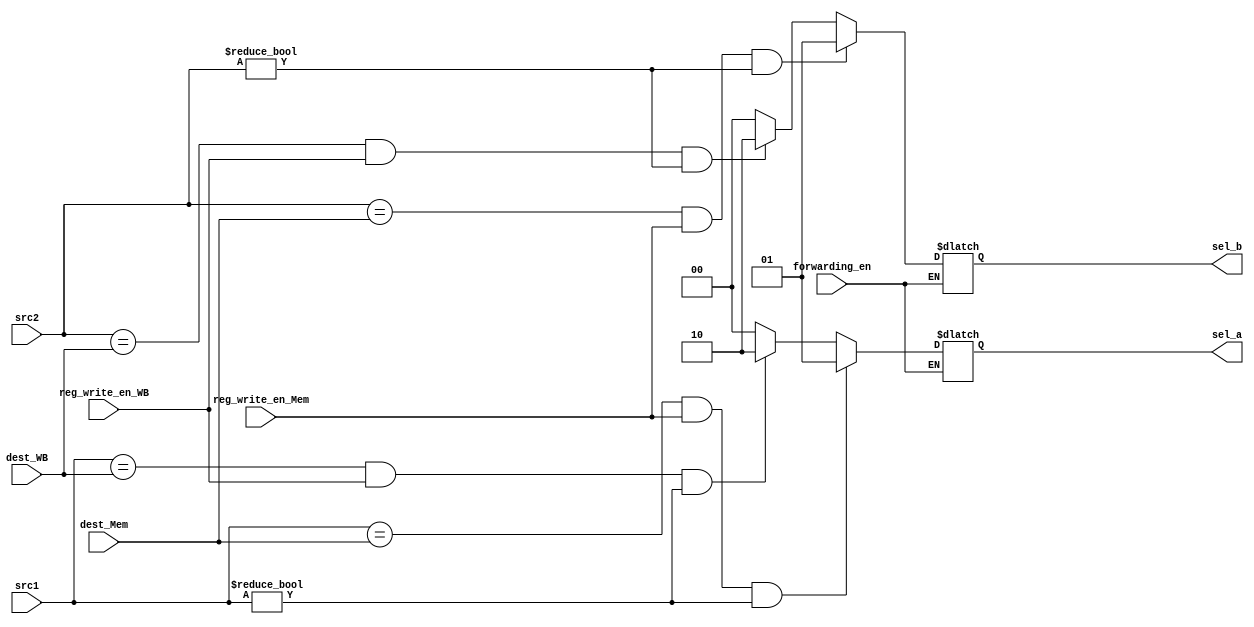
module Forwarding (src1 , src2 , dest_Mem , dest_WB , reg_write_en_Mem , reg_write_en_WB, sel_a , sel_b , forwarding_en);

input 			[2:0] src1 , src2 , dest_Mem , dest_WB;							
input				reg_write_en_Mem , reg_write_en_WB;   
output	reg	[1:0] sel_a , sel_b;

input forwarding_en;


always@(*)
begin
	if(forwarding_en)
	begin 
		
		if ((src1 == dest_Mem) && (reg_write_en_Mem) && (src1 != 3'b0))
			sel_a = 2'd1;
		else if ( (src1 == dest_WB) && (reg_write_en_WB) && (src1 != 3'b0) )
			sel_a = 2'd2;
		else 
			sel_a = 2'd0;
		
		
		if ((src2 == dest_Mem) && (reg_write_en_Mem) && (src2 != 3'b0) )
			sel_b = 2'd1;
		else if ( (src2 == dest_WB) && (reg_write_en_WB) && (src2 != 3'b0) )
			sel_b = 2'd2;
		else 
			sel_b = 2'd0;
			
	end
end                   

endmodule